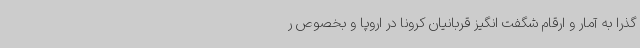
گذرا به آمار و ارقام شگفت انگیز قربانیان کرونا در اروپا و بخصوص ر